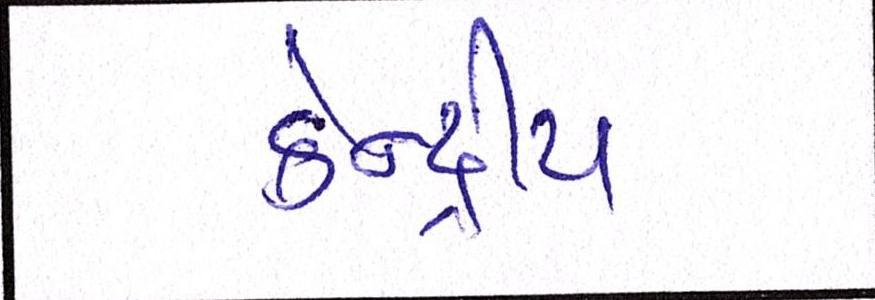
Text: કેન્દ્રીત